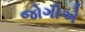
જોગીએ